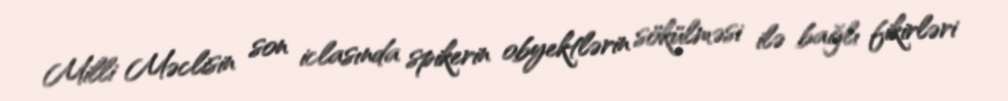
Milli Məclisin son iclasında spikerin obyektlərin sökülməsi ilə bağlı fikirləri